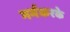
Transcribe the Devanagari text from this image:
गर्मकरके